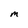
Character: M